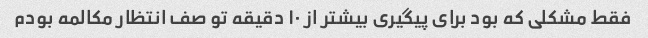
فقط مشکلی که بود برای پیگیری بیشتر از ۱۰ دقیقه تو صف انتظار مکالمه بودم